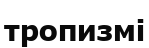
тропизмі